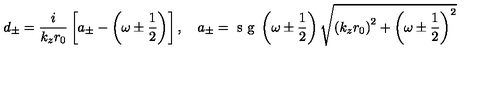
d _ { \pm } = \frac { i } { k _ { z } r _ { 0 } } \left[ a _ { \pm } - \left( \omega \pm \frac 1 2 \right) \right] , \quad a _ { \pm } = \textrm { s g } \left( \omega \pm \frac 1 2 \right) \sqrt { \left( k _ { z } r _ { 0 } \right) ^ { 2 } + \left( \omega \pm \frac 1 2 \right) ^ { 2 } }